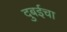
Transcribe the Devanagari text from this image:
दुबईचा